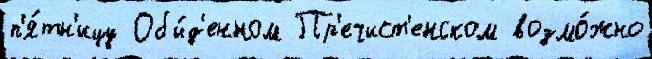
п'я́тн'ицу Обы́д'енном Пр'ечист'енском возмо́жно